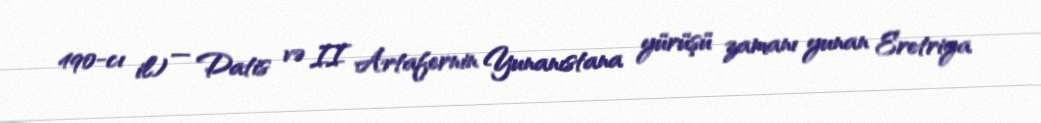
490-cı il) — Datis və II Artafernin Yunanıstana yürüşü zamanı yunan Eretriya